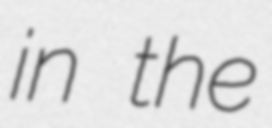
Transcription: in the